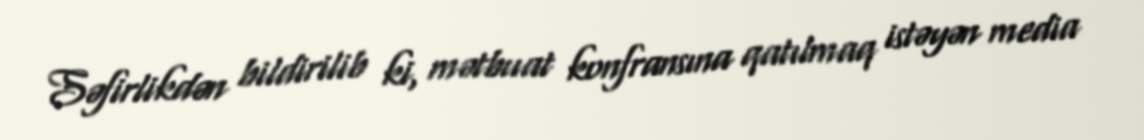
Səfirlikdən bildirilib ki, mətbuat konfransına qatılmaq istəyən media